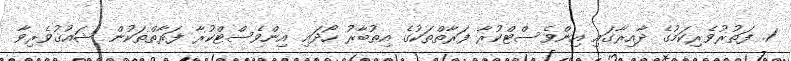
1. ފަތުރުވެރިކަމުގެ ދާއިރާގައި އިންވެސްޓްކުރާ ފަރާތްތަކުގެ އިތުބާރު ހޯދައި އިންވެސްޓްކުރާ ފަރާތްތަކުން ޝައުޤުވެރިވާ